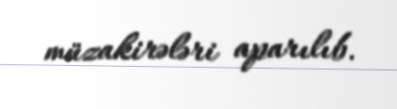
müzakirələri aparılıb.